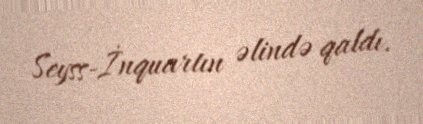
Seyss-İnquartın əlində qaldı.